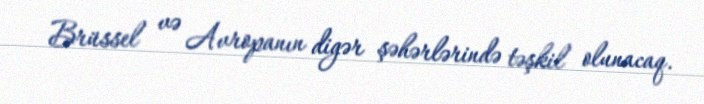
Brüssel və Avropanın digər şəhərlərində təşkil olunacaq.